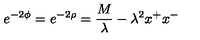
e ^ { - 2 \phi } = e ^ { - 2 \rho } = \frac { M } { \lambda } - \lambda ^ { 2 } x ^ { + } x ^ { - }